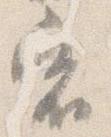
宿